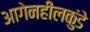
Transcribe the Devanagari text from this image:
आगेनहीलकुंडे